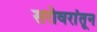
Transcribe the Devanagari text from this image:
सरोवरांतून